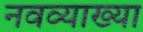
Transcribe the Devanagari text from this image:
नवव्याख्या